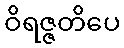
ဝိရဇ္ဇတိပေ